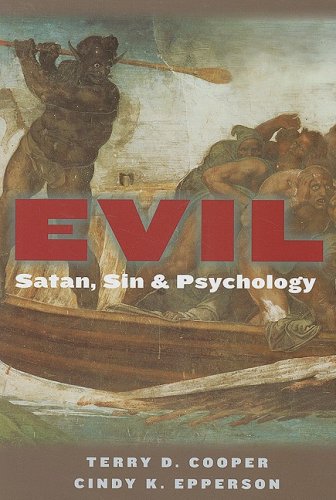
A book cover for Evil: Satan, Sin, and Psychology; Terry D. Cooper; Politics & Social Sciences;